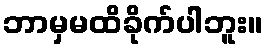
ဘာမှမထိခိုက်ပါဘူး။